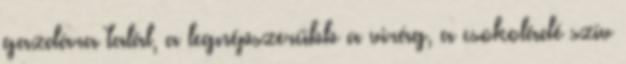
gazdára talál, a legnépszerűbb a virág, a csokoládé szív